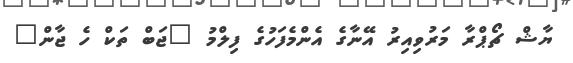
ޔާޝް ޗޯޕްރާ މަރުވިއިރު އޭނާގެ އެންމެފަހުގެ ފިލްމު "ޖަބް ތަކް ހެ ޖާން"